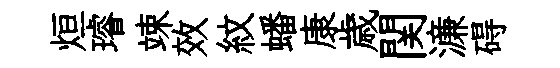
烜璿竦效紋蟠康歳関濓碍